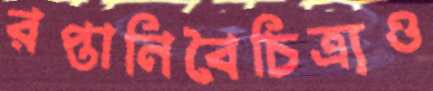
রপ্তানিবৈচিত্র্যও